Annual report of the Punjab Veterinary College and of the Civil Veterinary Department, Punjab - 1926-1932
Year: 1926
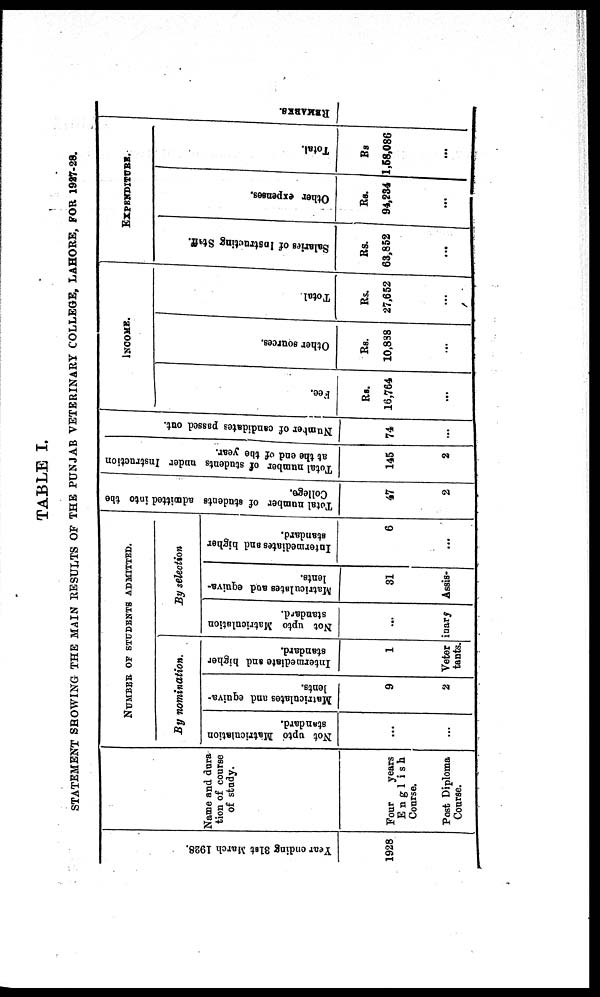
TABLE I.
STATEMENT SHOWING THE MAIN RESULTS OF THE PUNJAB VETERINARY COLLEGE, LAHORE, FOR 1927-28.
Year e n d i n g 31s t Ma r
c h 1928.
1928
Name and dura
tion of course
of study.
Four
years
English
Course.
Post Diploma
Course.
NUMBER OF STUDENTS ADMITTED.
By nomination.
Not upto Matriculation
standard.
Matriculates and equiva-
lents.
9
2
Intermediate and higher
standard.
1
By selection
Not upto Matriculation
standard.
Matriculates and equiva-
lents.
31
Veterinary Assis
tants.
Intermediates
and higher
standard.
6
...
Total number of students admitted into the
Collage.
47
2
Total number of students under instruction
at
the
end
of
the
year.
145
2
Number of candidates passed out.
74
...
INCOME.
Fee.
Rs.
16,764
...
Other sources.
Rs.
10,838
...
Total
Rs.
27,652
...
EXPENDITURE.
Salaries of Instructing Staff.
Rs.
63,852
...
Other expenses.
Rs.
94,234
...
Total.
Rs.
1,58,086
...
REMARKS.